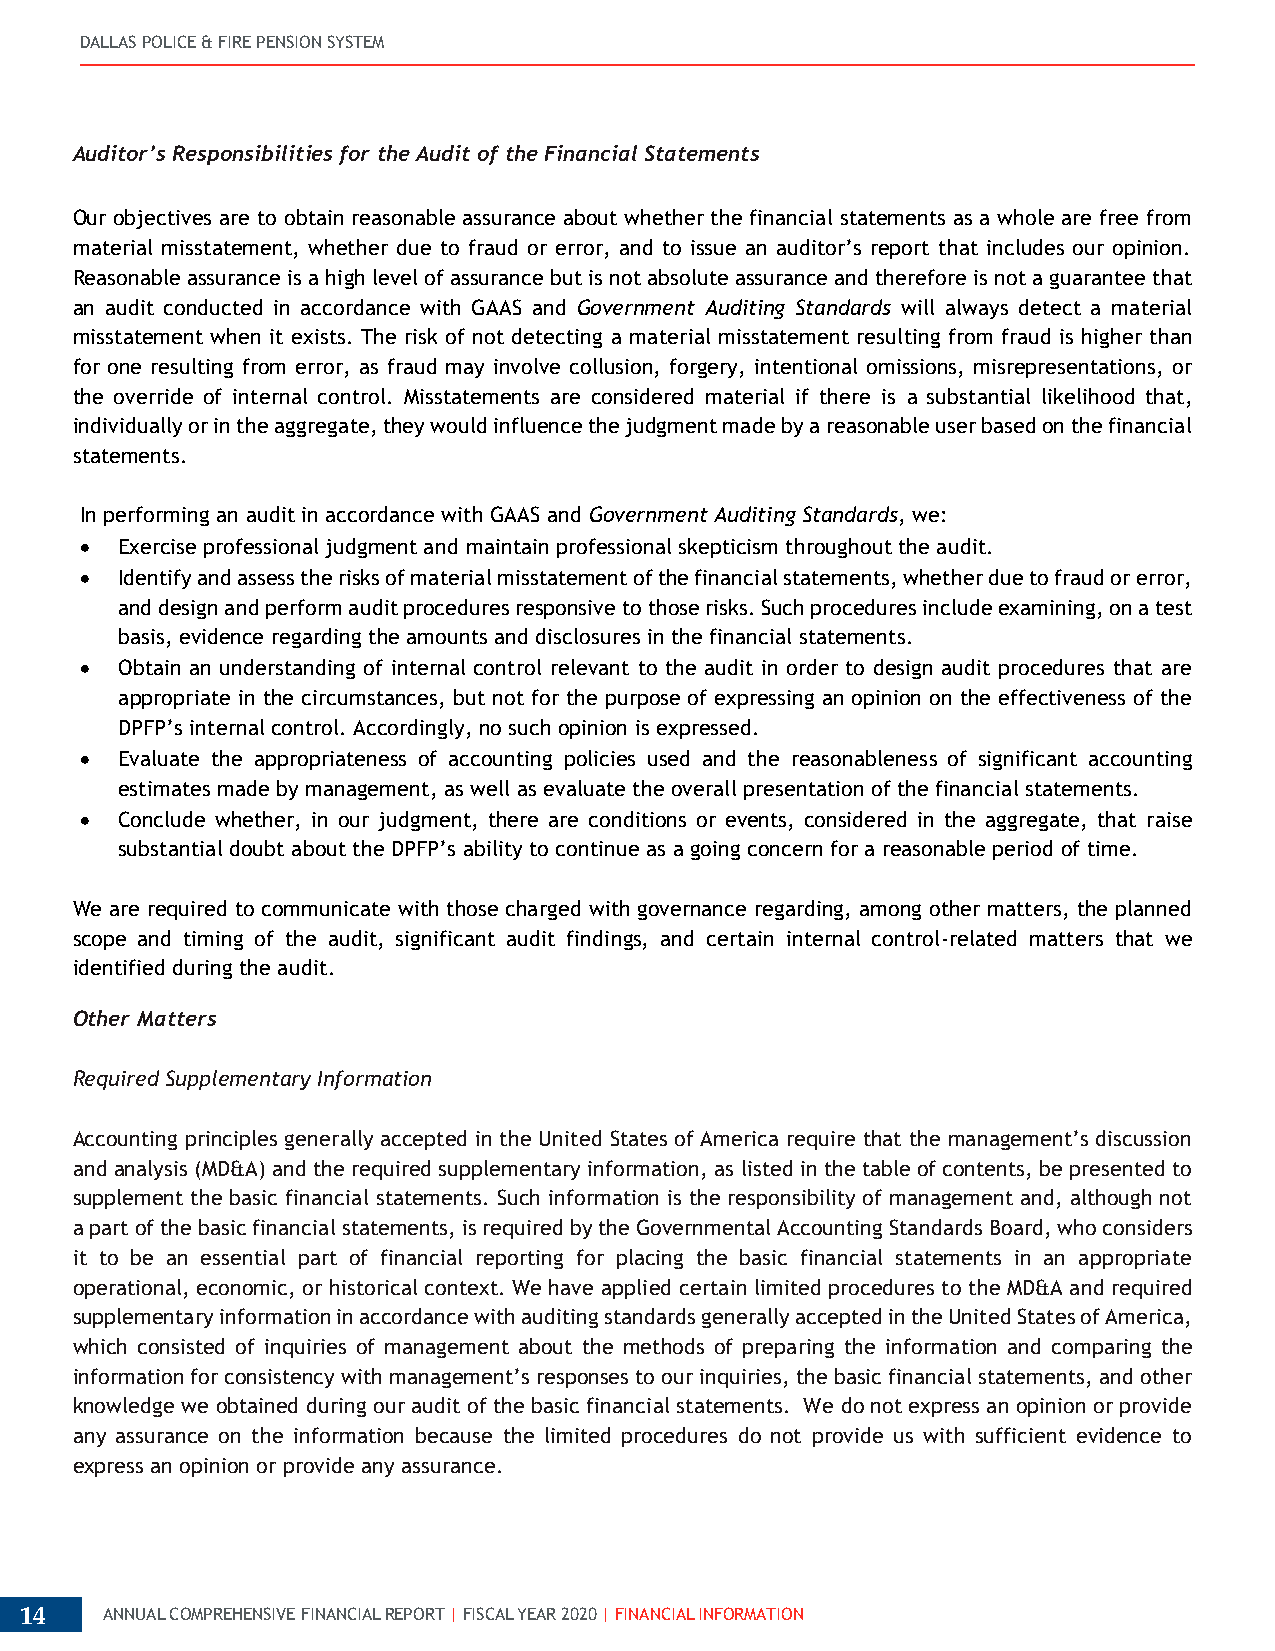
DALLAS POLICE & FIRE PENSION SYSTEM
 Auditor’s Responsibilities for the Audit of the Financial Statements
 Our objectives are to obtain reasonable assurance about whether the financial statements as a whole are free from
 material misstatement, whether due to fraud or error, and to issue an auditor’s report that includes our opinion.
 Reasonable assurance is a high level of assurance but is not absolute assurance and therefore is not a guarantee that
 an audit conducted in accordance with GAAS and Government Auditing Standards will always detect a material
 misstatement when it exists. The risk of not detecting a material misstatement resulting from fraud is higher than
 for one resulting from error, as fraud may involve collusion, forgery, intentional omissions, misrepresentations, or
 the override of internal control. Misstatements are considered material if there is a substantial likelihood that,
 individually or in the aggregate, they would influence the judgment made by a reasonable user based on the financial
 statements.
 In performing an audit in accordance with GAAS and Government Auditing Standards, we:
 •  Exercise professional judgment and maintain professional skepticism throughout the audit.
 •  Identify and assess the risks of material misstatement of the financial statements, whether due to fraud or error,
 and design and perform audit procedures responsive to those risks. Such procedures include examining, on a test
 basis, evidence regarding the amounts and disclosures in the financial statements.
 •  Obtain an understanding of internal control relevant to the audit in order to design audit procedures that are
 appropriate in the circumstances, but not for the purpose of expressing an opinion on the effectiveness of the
 DPFP’s internal control. Accordingly, no such opinion is expressed.
 •  Evaluate the appropriateness of accounting policies used and the reasonableness of significant accounting
 estimates made by management, as well as evaluate the overall presentation of the financial statements.
 •  Conclude whether, in our judgment, there are conditions or events, considered in the aggregate, that raise
 substantial doubt about the DPFP’s ability to continue as a going concern for a reasonable period of time.
 We are required to communicate with those charged with governance regarding, among other matters, the planned
 scope and timing of the audit, significant audit findings, and certain internal control-related matters that we
 identified during the audit.
 Other Matters
 Required Supplementary Information
 Accounting principles generally accepted in the United States of America require that the management’s discussion
 and analysis (MD&A) and the required supplementary information, as listed in the table of contents, be presented to
 supplement the basic financial statements. Such information is the responsibility of management and, although not
 a part of the basic financial statements, is required by the Governmental Accounting Standards Board, who considers
 it to be an essential part of financial reporting for placing the basic financial statements in an appropriate
 operational, economic, or historical context. We have applied certain limited procedures to the MD&A and required
 supplementary information in accordance with auditing standards generally accepted in the United States of America,
 which consisted of inquiries of management about the methods of preparing the information and comparing the
 information for consistency with management’s responses to our inquiries, the basic financial statements, and other
 knowledge we obtained during our audit of the basic financial statements. We do not express an opinion or provide
 any assurance on the information because the limited procedures do not provide us with sufficient evidence to
 express an opinion or provide any assurance.
 14    ANNUAL COMPREHENSIVE FINANCIAL REPORT | FISCAL YEAR 2020 | FINANCIAL INFORMATION